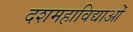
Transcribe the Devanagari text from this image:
दशमहाविद्याओं